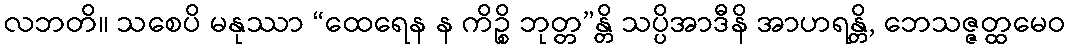
လဘတိ။ သစေပိ မနုဿာ “ထေရေန န ကိဉ္စိ ဘုတ္တ”န္တိ သပ္ပိအာဒီနိ အာဟရန္တိ, ဘေသဇ္ဇတ္ထမေဝ